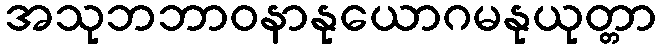
အသုဘဘာဝနာနုယောဂမနုယုတ္တာ